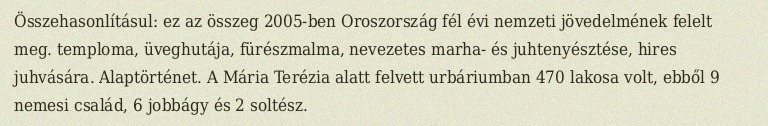
Összehasonlításul: ez az összeg 2005-ben Oroszország fél évi nemzeti jövedelmének felelt meg. temploma, üveghutája, fürészmalma, nevezetes marha- és juhtenyésztése, hires juhvására. Alaptörténet. A Mária Terézia alatt felvett urbáriumban 470 lakosa volt, ebből 9 nemesi család, 6 jobbágy és 2 soltész.